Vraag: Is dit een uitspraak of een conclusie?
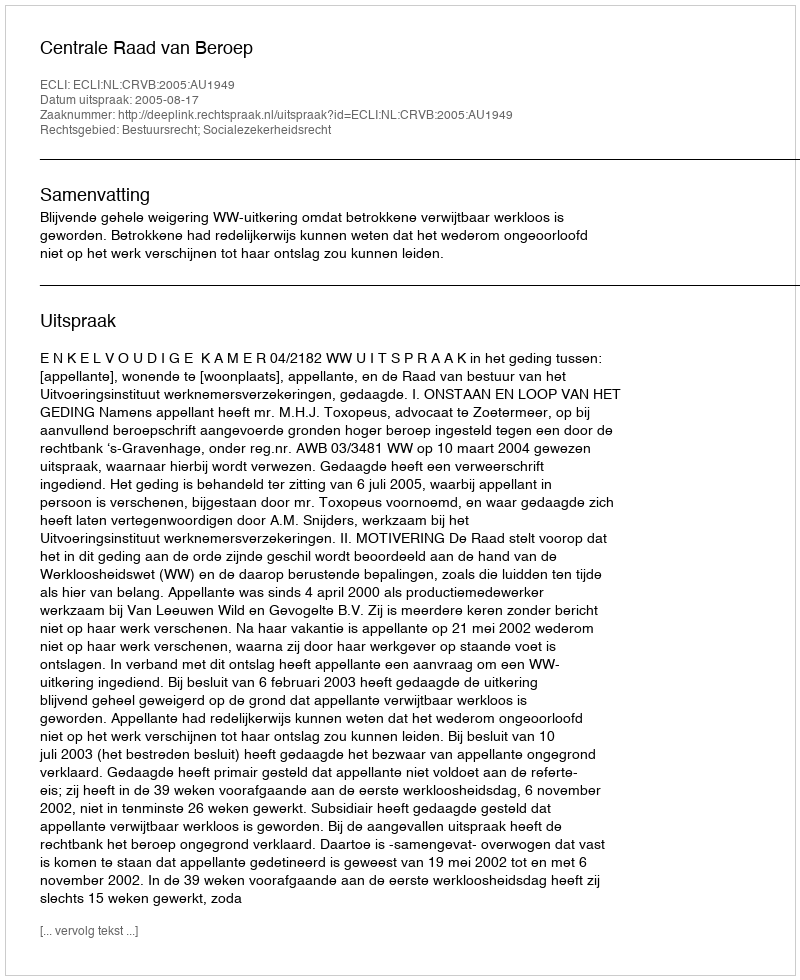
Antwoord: Uitspraak